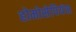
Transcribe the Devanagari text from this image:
होमोसेपियंस